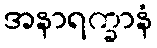
အနာရက္ခာနံ